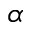
\alpha